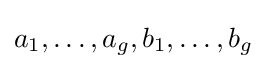
a_{1},\dots ,a_{g},b_{1},\dots ,b_{g}